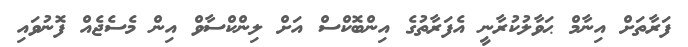
ފަރާތަށް އިނާމް ޙަވާލުކުރާނީ އެފަރާތުގެ އިންބޮކްސް އަށް ލިންކްސާވް އިން މެސެޖެއް ފޮނުވައި